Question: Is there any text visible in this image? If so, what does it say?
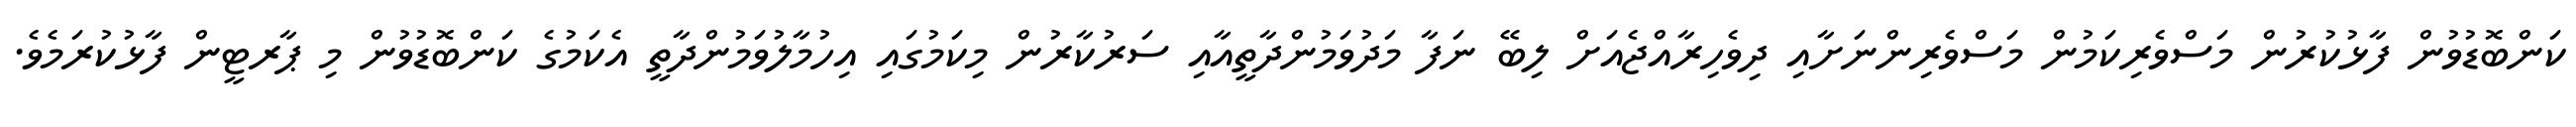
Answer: ކަންބޮޑުވުން ފާޅުކުރުން މަސްވެރިކަމުން މަސްވެރިންނަށާއި ދިވެހިރާއްޖެއަށް ލިބޭ ނަފާ މަދުވަމުންދާތީއާއި ސަރުކާރުން މިކަމުގައި އިހުމާލުވަމުންދާތީ އެކަމުގެ ކަންބޮޑުވުން މި ޕާރޓީން ފާޅުކުރަމެވެ.